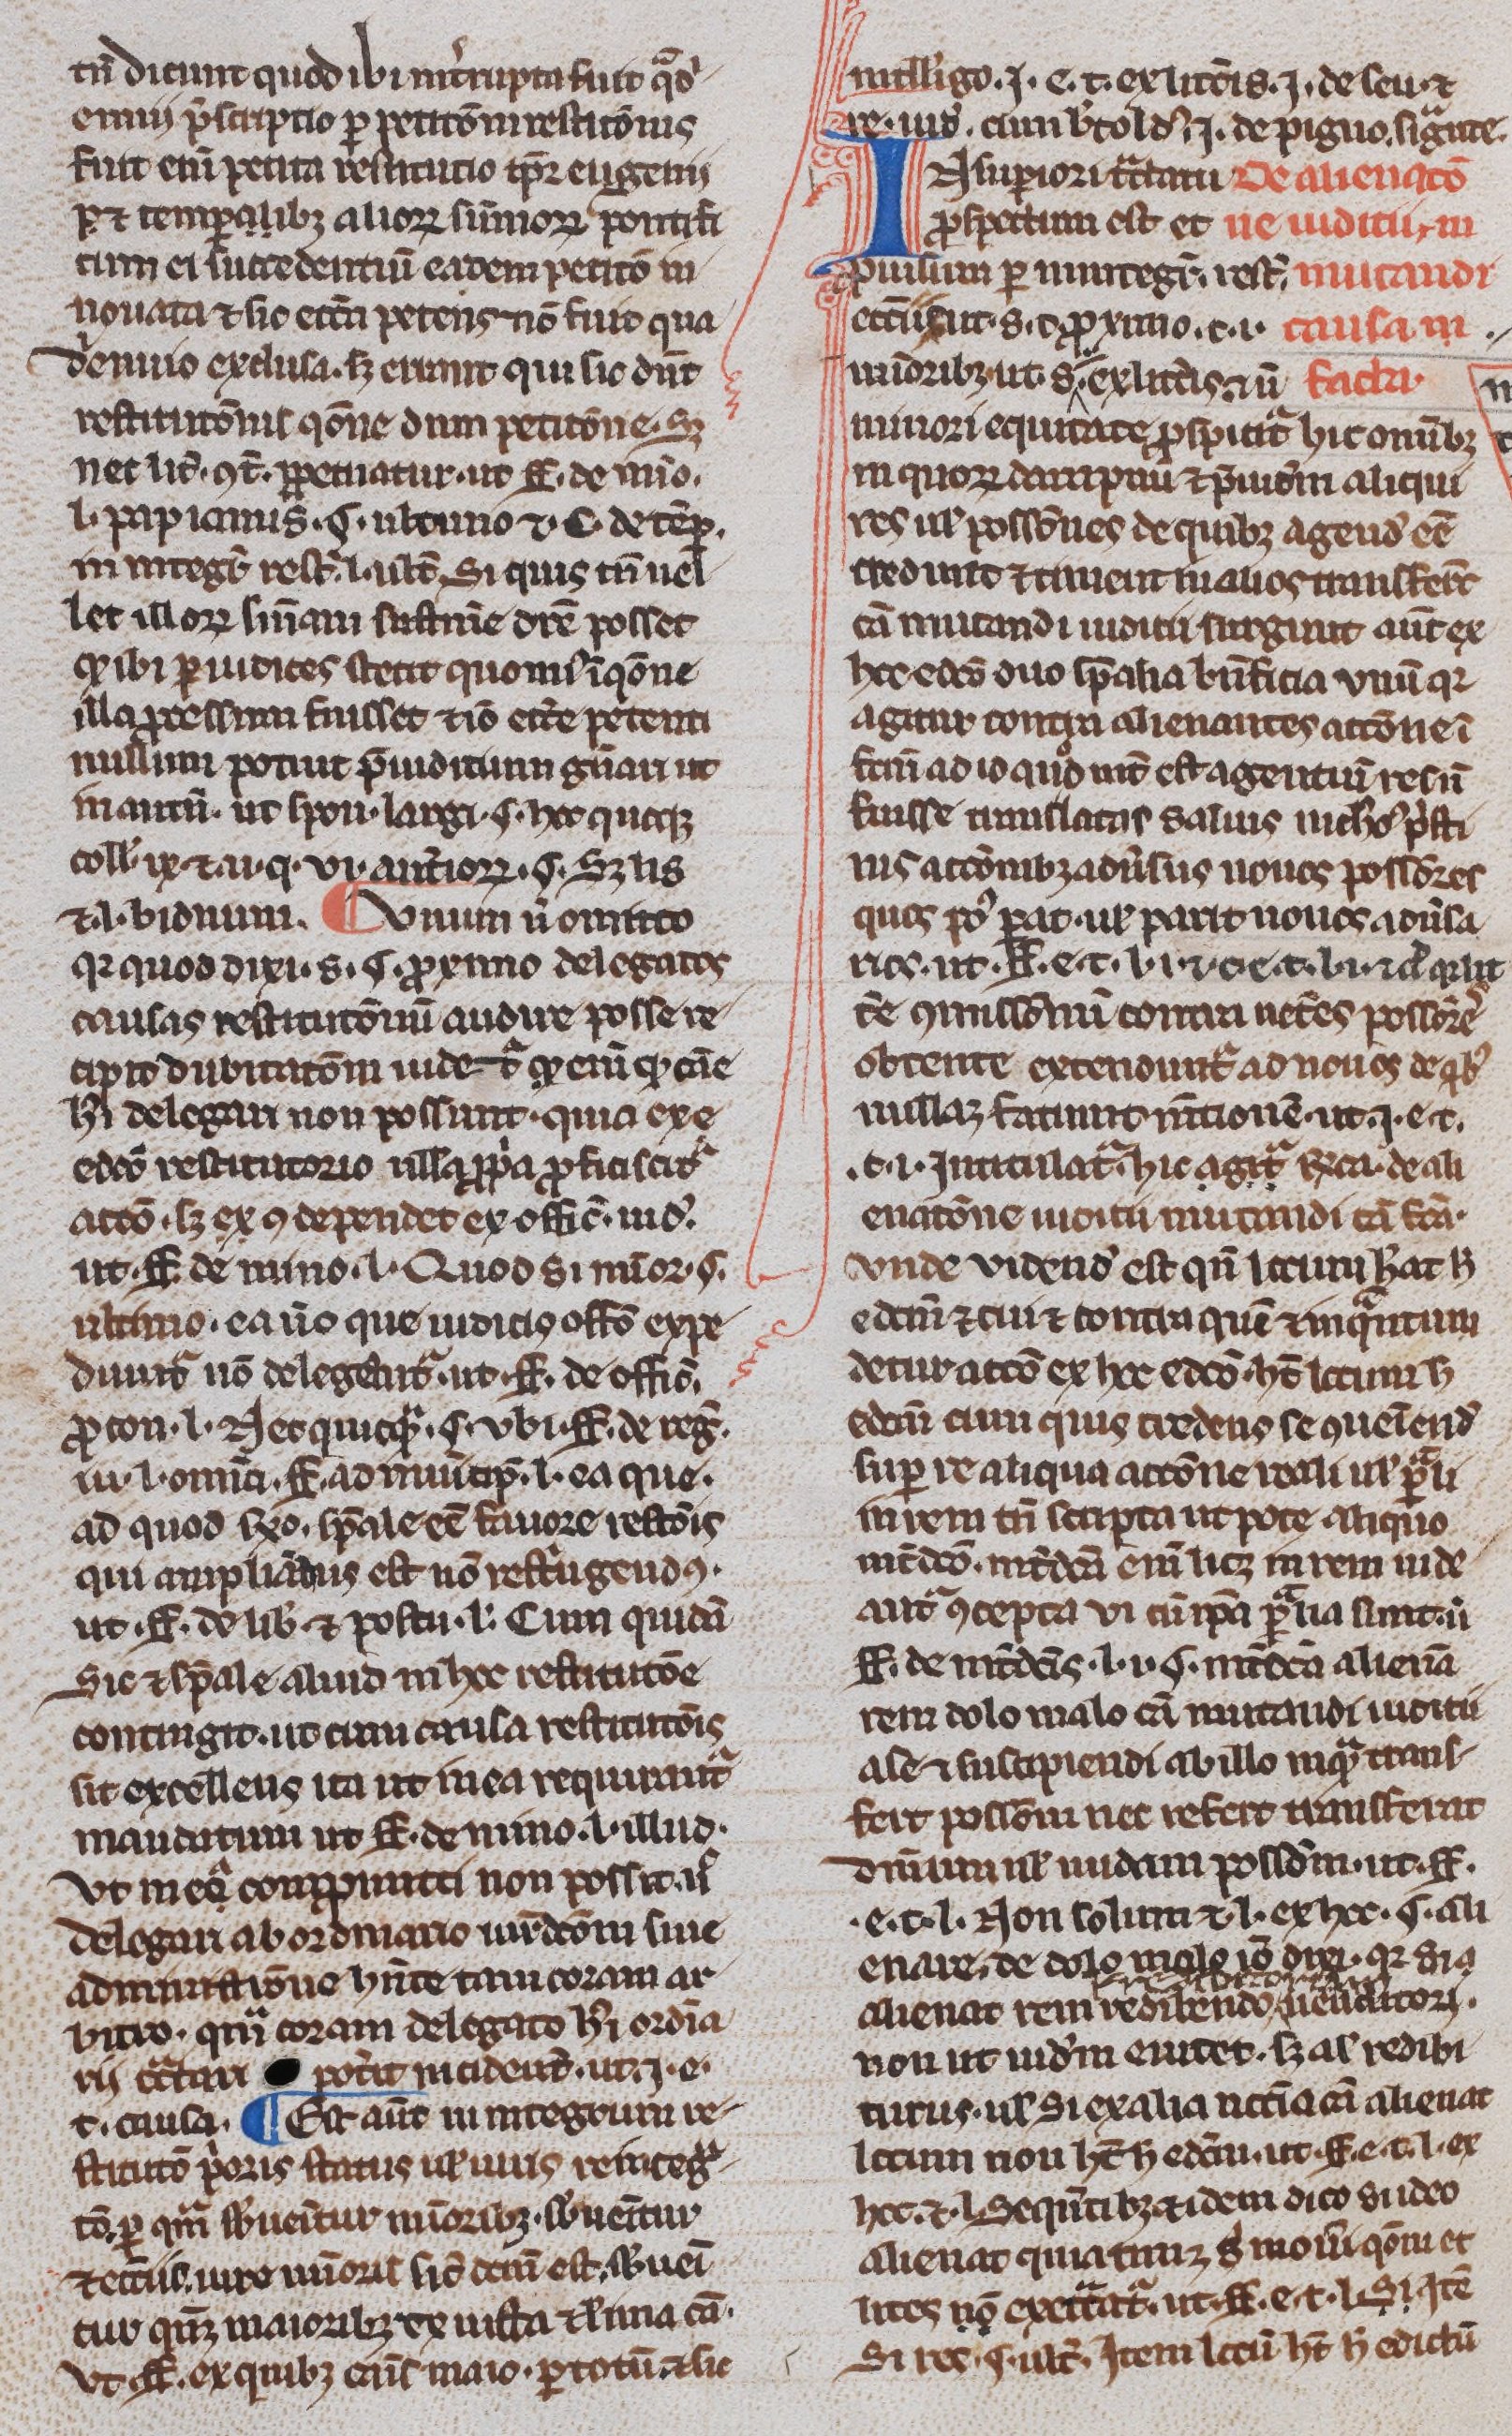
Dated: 1300–1330